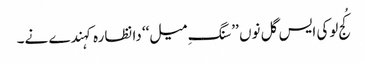
کُج لوکی ایس گل نوں ’’سنگِ میل‘‘ دا نظارہ کہندے نے۔